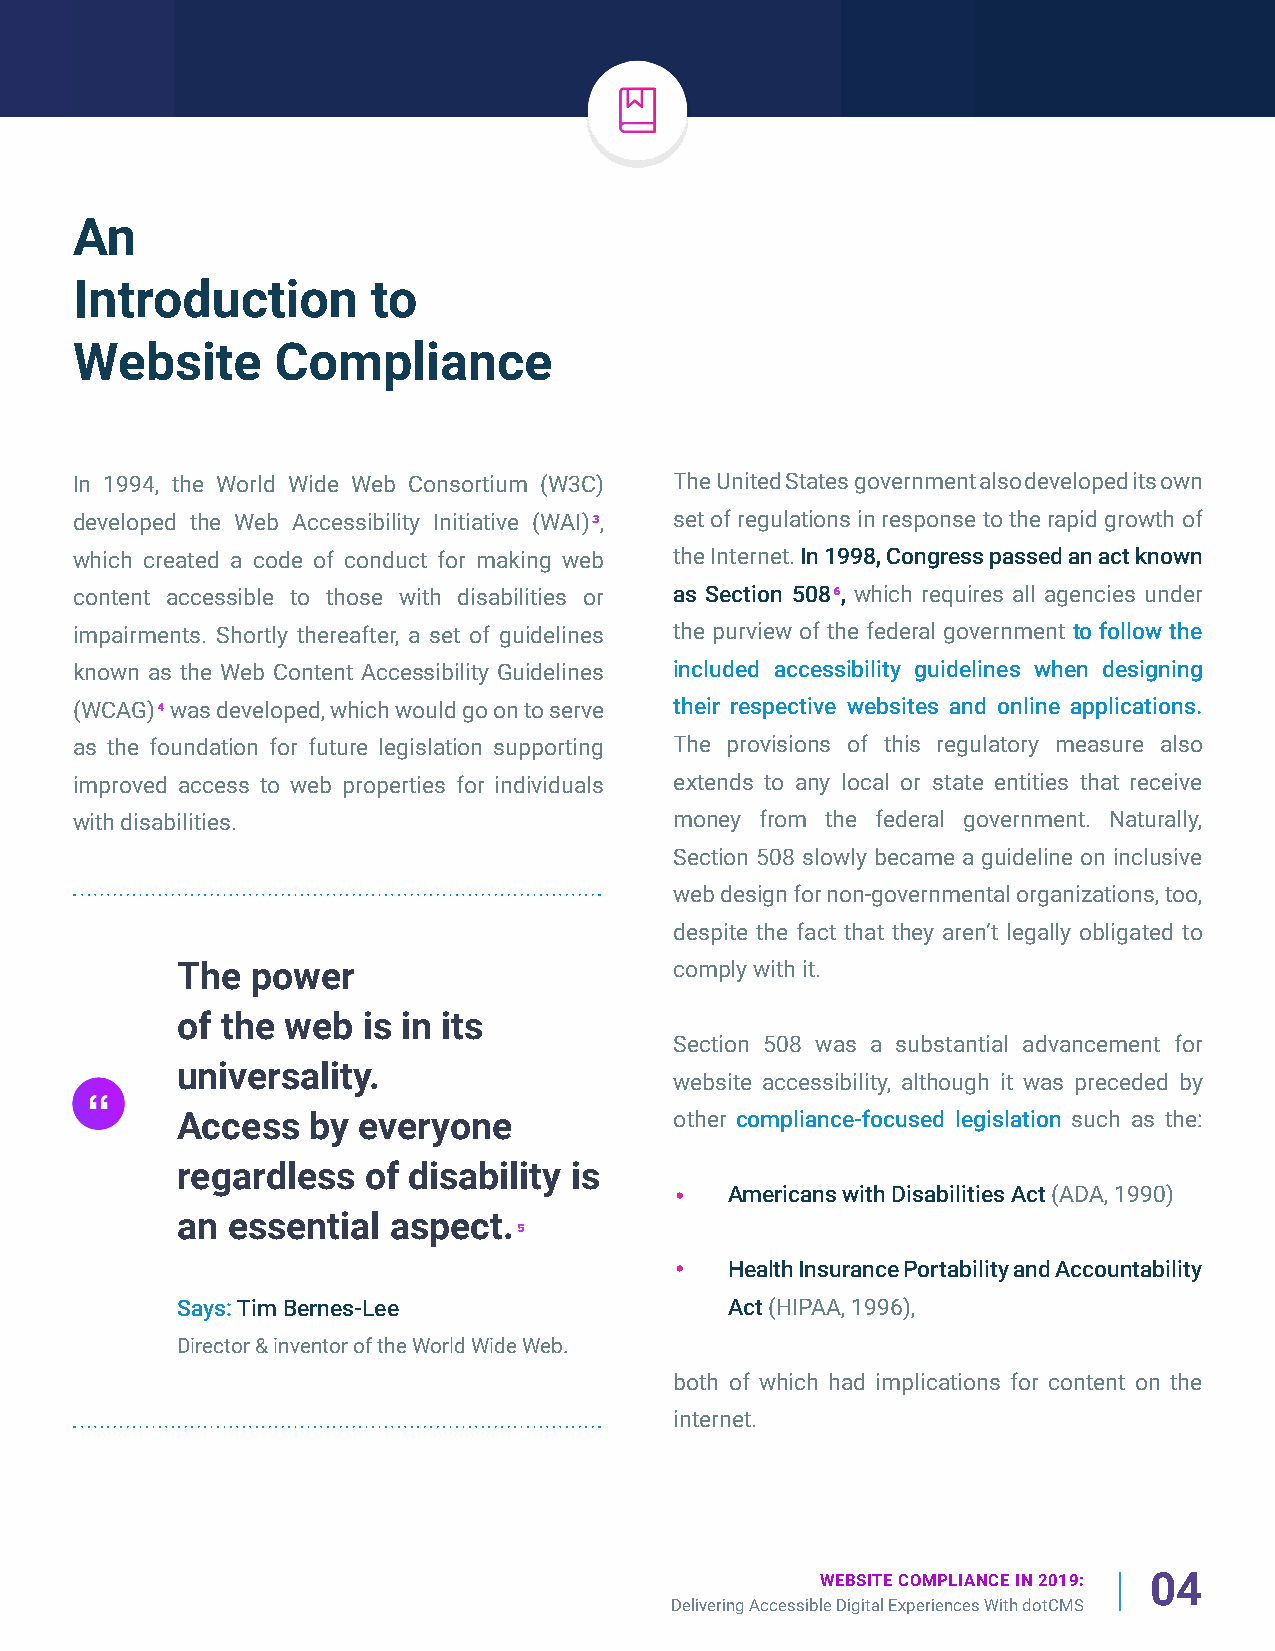
An
 Introduction        to
 Website      Compliance
 In 1994, the World Wide Web Consortium (W3C) The United States government also developed its own
 developed the Web Accessibility Initiative (WAI)3, set of regulations in response to the rapid growth of
 which created a code of conduct for making web the Internet. In 1998, Congress passed an act known
 content accessible to those with disabilities or as Section 5086, which requires all agencies under
 impairments. Shortly thereafter, a set of guidelines the purview of the federal government to follow the
 known as the Web Content Accessibility Guidelines included accessibility guidelines when designing
 (WCAG)4 was developed, which would go on to serve their respective websites and online applications.
 as the foundation for future legislation supporting The provisions of this regulatory measure also
 improved access to web properties for individuals extends to any local or state entities that receive
 with disabilities.                      money from the federal government. Naturally,
 Section 508 slowly became a guideline on inclusive
 web design for non-governmental organizations, too,
 despite the fact that they aren’t legally obligated to
 The  power                       comply with it.
 of the web  is in its
 Section 508 was a substantial advancement for
 universality.
 website accessibility, although it was preceded by
 Access  by  everyone             other compliance-focused legislation such as the:
 regardless  of disability is
 Americans with Disabilities Act (ADA, 1990)
 an essential  aspect.
 5
 Health Insurance Portability and Accountability
 Says: Tim Bernes-Lee                Act (HIPAA, 1996),
 Director & inventor of the World Wide Web.
 both of which had implications for content on the
 internet.
 WEBSITE COMPLIANCE IN 2019: 04
 Delivering Accessible Digital Experiences With dotCMS